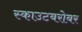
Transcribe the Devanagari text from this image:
स्काउटबरोबर